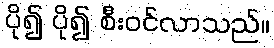
ပို၍ ပို၍ စီးဝင်လာသည်။